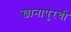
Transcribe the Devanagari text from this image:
खानापुरची